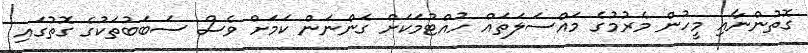
ގޮތުންނާއި މީހުން މެރުމުގެ މައްސަލަތައް ހުއްޓުމަކަށް ގެންނަން ކަމަށް ވެސް ސަބަބުތަކުގެ ގޮތުގައި